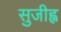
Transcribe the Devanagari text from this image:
सुजीह्व